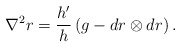
\begin{align*} \nabla^2 r = \frac{h'}{h} \left( g - dr \otimes dr\right). \end{align*}